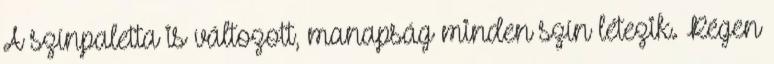
A színpaletta is változott, manapság minden szín létezik. Régen